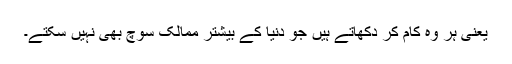
یعنی ہر وہ کام کر دکھاتے ہیں جو دنیا کے بیشتر ممالک سوچ بھی نہیں سکتے۔